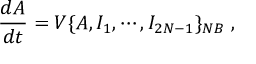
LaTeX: \frac { d A } { d t } = V \{ A , I _ { 1 } , \cdots , I _ { 2 N - 1 } \} _ { { \footnotesize N B } } \; ,